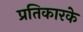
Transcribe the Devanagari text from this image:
प्रतिकारके